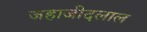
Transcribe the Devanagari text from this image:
जहाजीदलाल